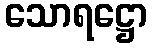
သောရဋ္ဌော